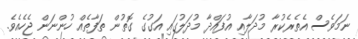
ނަމަވެސް އެތެރެކުރާ މުދަލާއި އުފައްދާ މުދަލުގައި އަގުގެ ގޮތުން ތަފާތެއް ހުންނަން ޖެހެއެވެ.